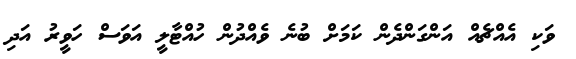
ވަކި އެއްޗެއް އަންގަންދެން ކަމަށް ބުނެ ވެއްދުން ހުއްޓާލީ އަވަސް ހަވީރު އަދި